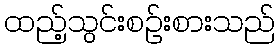
ထည့်သွင်းစဉ်းစားသည်